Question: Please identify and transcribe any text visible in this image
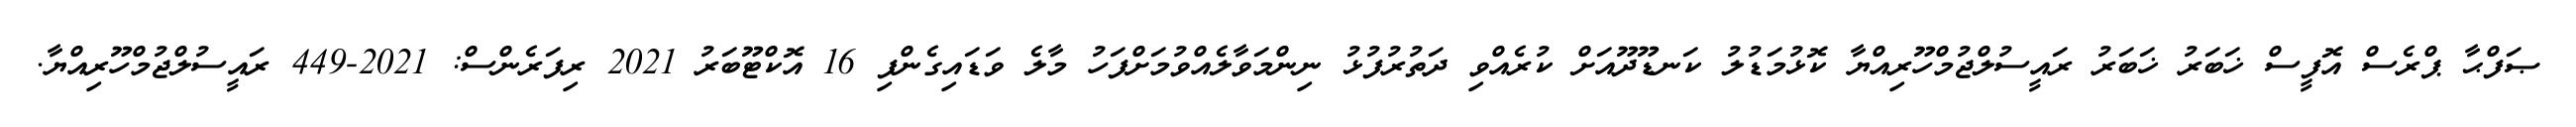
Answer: ޞަފްޙާ ޕްރެސް އޮފީސް ޚަބަރު ޚަބަރު ރައީސުލްޖުމްހޫރިއްޔާ ކޮޅުމަޑުލު ކަނޑޫދޫއަށް ކުރެއްވި ދަތުރުފުޅު ނިންމަވާލެއްވުމަށްފަހު މާލެ ވަޑައިގެންފި 16 އޮކްޓޫބަރު 2021 ރިފަރެންސް: 2021-449 ރައީސުލްޖުމްހޫރިއްޔާ.